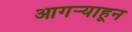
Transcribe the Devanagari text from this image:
आगऱ्याहून